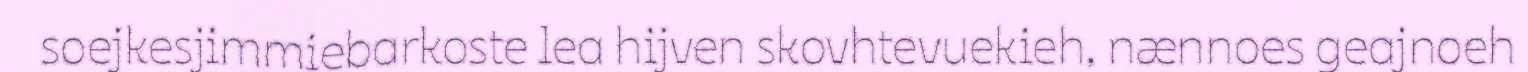
soejkesjimmiebarkoste lea hijven skovhtevuekieh, nænnoes geajnoeh